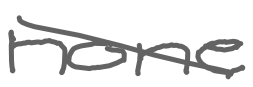
Text: none
Cross-out: diagonal
Writing tool: digital_gray